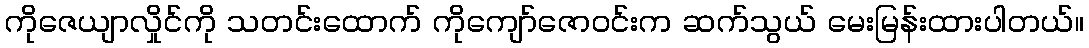
ကိုဇေယျာလှိုင်ကို သတင်းထောက် ကိုကျော်ဇောဝင်းက ဆက်သွယ် မေးမြန်းထားပါတယ်။